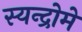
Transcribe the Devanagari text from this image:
स्यन्द्रोमे